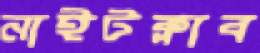
নাইটক্লাব